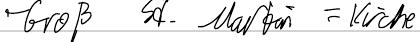
- Groß St. Martin = Kirche